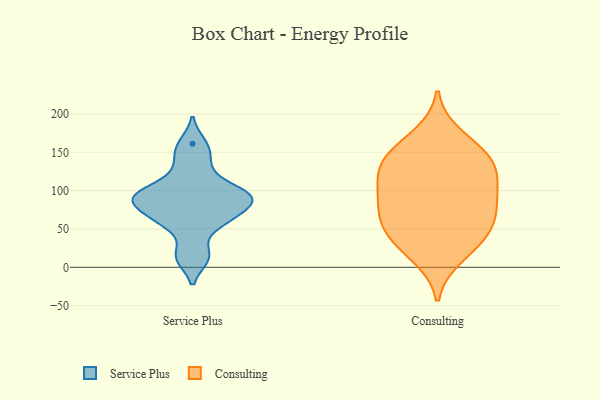
{"axis": {"x": "Headcount", "y": "Value"}, "legend": ["Consulting", "Service Plus"], "data": [{"x": "", "y": 63, "type": "Service Plus"}, {"x": "", "y": 93, "type": "Service Plus"}, {"x": "", "y": 102, "type": "Service Plus"}, {"x": "", "y": 161, "type": "Service Plus"}, {"x": "", "y": 125, "type": "Service Plus"}, {"x": "", "y": 92, "type": "Service Plus"}, {"x": "", "y": 79, "type": "Service Plus"}, {"x": "", "y": 59, "type": "Service Plus"}, {"x": "", "y": 13, "type": "Service Plus"}, {"x": "", "y": 92, "type": "Service Plus"}, {"x": "", "y": 87, "type": "Service Plus"}, {"x": "", "y": 15, "type": "Service Plus"}, {"x": "", "y": 147, "type": "Service Plus"}, {"x": "", "y": 93, "type": "Service Plus"}, {"x": "", "y": 61, "type": "Service Plus"}, {"x": "", "y": 172, "type": "Consulting"}, {"x": "", "y": 141, "type": "Consulting"}, {"x": "", "y": 136, "type": "Consulting"}, {"x": "", "y": 156, "type": "Consulting"}, {"x": "", "y": 87, "type": "Consulting"}, {"x": "", "y": 52, "type": "Consulting"}, {"x": "", "y": 60, "type": "Consulting"}, {"x": "", "y": 100, "type": "Consulting"}, {"x": "", "y": 14, "type": "Consulting"}, {"x": "", "y": 83, "type": "Consulting"}, {"x": "", "y": 126, "type": "Consulting"}, {"x": "", "y": 136, "type": "Consulting"}, {"x": "", "y": 116, "type": "Consulting"}, {"x": "", "y": 24, "type": "Consulting"}, {"x": "", "y": 50, "type": "Consulting"}, {"x": "", "y": 85, "type": "Consulting"}, {"x": "", "y": 43, "type": "Consulting"}]}